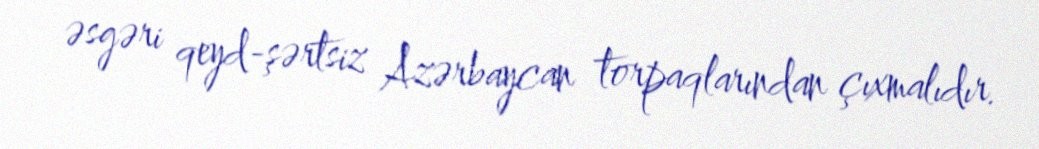
əsgəri qeyd-şərtsiz Azərbaycan torpaqlarından çıxmalıdır.